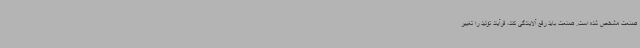
صنعت مشخص شده است. صنعت باید رفع آلایندگی کند، فرآیند تولید را تغییر